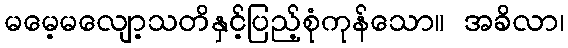
မမေ့မလျော့သတိနှင့်ပြည့်စုံကုန်သော။ အခိလာ၊